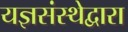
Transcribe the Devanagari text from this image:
यज्ञसंस्थेद्वारा